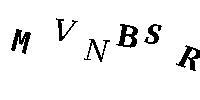
MVNBSR